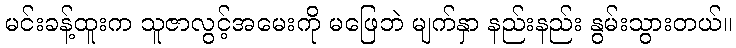
မင်းခန့်ထူးက သူဇာလွင့်အမေးကို မဖြေဘဲ မျက်နှာ နည်းနည်း နွမ်းသွားတယ်။